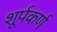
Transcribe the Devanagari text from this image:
शूर्पकर्ण